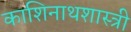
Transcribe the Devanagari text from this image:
काशिनाथशास्त्री